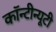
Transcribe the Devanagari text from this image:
कॉन्टीन्यूटी